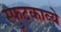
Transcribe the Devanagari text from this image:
स्फुटकाव्ये